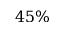
4 5 \%